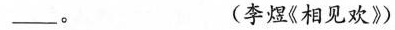
___。 (李煜《相见欢》